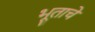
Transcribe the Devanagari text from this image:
भूताचे